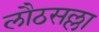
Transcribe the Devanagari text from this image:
लौठसल्ला